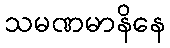
သမဏမာနိနေ